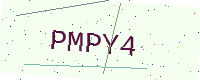
Text: PMPY4